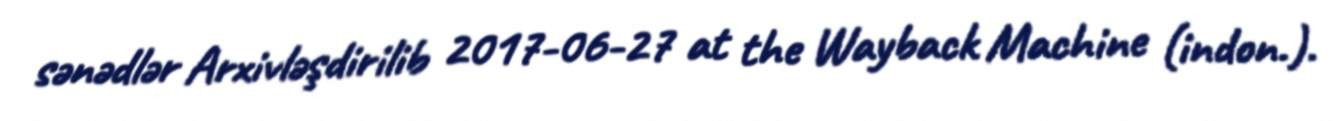
sənədlər Arxivləşdirilib 2017-06-27 at the Wayback Machine (indon.).